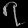
Digit: ၇